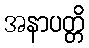
အနာပတ္တိ